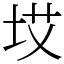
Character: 㘷